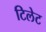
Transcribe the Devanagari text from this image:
टिलेट